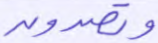
وتصدون